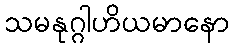
သမနုဂ္ဂါဟိယမာနော